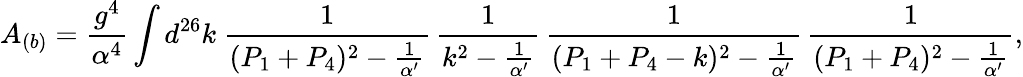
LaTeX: A_{(b)}=\frac{g^{4}}{\alpha^{4}}\int d^{26}k~\frac{1}{(P_{1}+P_{4})^{2}-\frac{1}{\alpha^{\prime}}}\, \frac{1}{k^{2}-\frac{1}{\alpha^{\prime}}}\, \frac{1}{(P_{1}+P_{4}-k)^{2}-\frac{1}{\alpha^{\prime}}}\, \frac{1}{(P_{1}+P_{4})^{2}-\frac{1}{\alpha^{\prime}}},